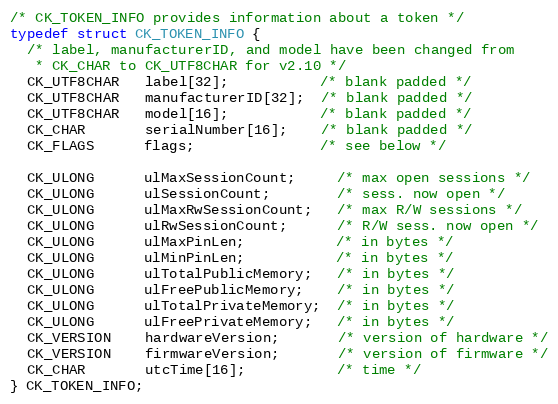
Language: C
/* CK_TOKEN_INFO provides information about a token */
typedef struct CK_TOKEN_INFO {
  /* label, manufacturerID, and model have been changed from
   * CK_CHAR to CK_UTF8CHAR for v2.10 */
  CK_UTF8CHAR   label[32];           /* blank padded */
  CK_UTF8CHAR   manufacturerID[32];  /* blank padded */
  CK_UTF8CHAR   model[16];           /* blank padded */
  CK_CHAR       serialNumber[16];    /* blank padded */
  CK_FLAGS      flags;               /* see below */

  CK_ULONG      ulMaxSessionCount;     /* max open sessions */
  CK_ULONG      ulSessionCount;        /* sess. now open */
  CK_ULONG      ulMaxRwSessionCount;   /* max R/W sessions */
  CK_ULONG      ulRwSessionCount;      /* R/W sess. now open */
  CK_ULONG      ulMaxPinLen;           /* in bytes */
  CK_ULONG      ulMinPinLen;           /* in bytes */
  CK_ULONG      ulTotalPublicMemory;   /* in bytes */
  CK_ULONG      ulFreePublicMemory;    /* in bytes */
  CK_ULONG      ulTotalPrivateMemory;  /* in bytes */
  CK_ULONG      ulFreePrivateMemory;   /* in bytes */
  CK_VERSION    hardwareVersion;       /* version of hardware */
  CK_VERSION    firmwareVersion;       /* version of firmware */
  CK_CHAR       utcTime[16];           /* time */
} CK_TOKEN_INFO;